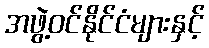
အဖွဲ့ဝင်နိုင်ငံများနှင့်